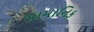
સામાનિક